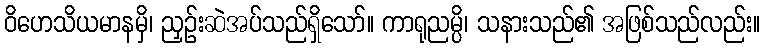
ဝိဟေသိယမာနမှိ၊ ညှဉ်းဆဲအပ်သည်ရှိသော်။ ကာရုညမ္ပိ၊ သနားသည်၏ အဖြစ်သည်လည်း။